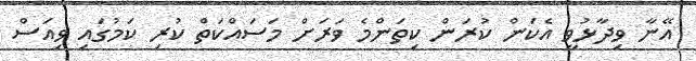
އޭނާ ވިދާޅުވީ އެކަން ކުރަން ކިތަންމެ ވަރަށް މަސައްކަތް ކުރި ކަމުގައި ވިއަސް